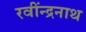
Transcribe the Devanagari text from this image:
रवींन्द्रनाथ